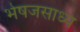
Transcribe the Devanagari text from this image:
भेषजसाध्य